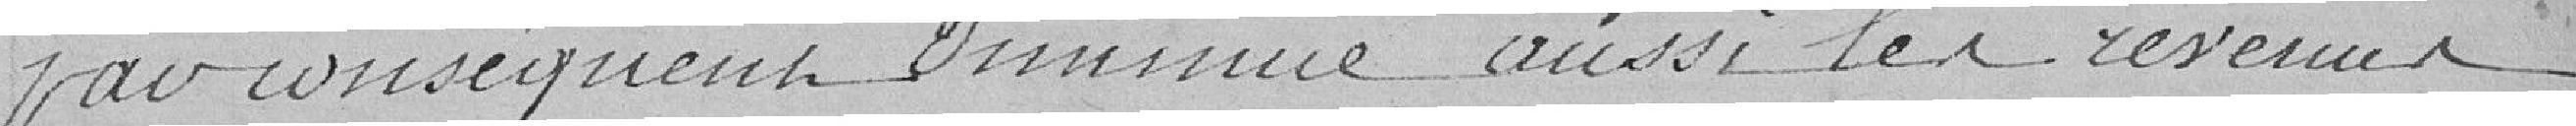
par conséquent diminue aussi les revenus